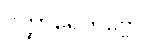
ဝိတ္ထာရေတဗ္ဗော